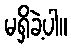
မရှိခဲ့ပါ။